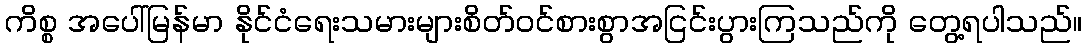
ကိစ္စ အပေါ်မြန်မာ နိုင်ငံရေးသမားများစိတ်ဝင်စားစွာအငြင်းပွားကြသည်ကို တွေ့ရပါသည်။